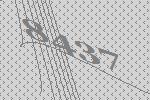
8437